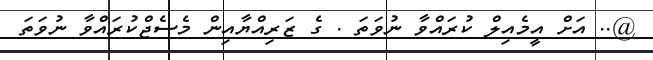
@.. އަށް އީމެއިލް ކުރައްވާ ނުވަތަ . ގެ ޒަރިއްޔާއިން މެސެޖްކުރައްވާ ނުވަތަ